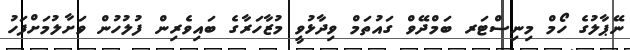
ނޭޕާލުގެ ހޯމް މިނިސްޓަރ ބަމްދޭވް ގައުތަމް ވިދާޅުވީ މުޒާހަރާގެ ބައިވެރިން ފުލުހުން ވަށާލުމަށްފަހު